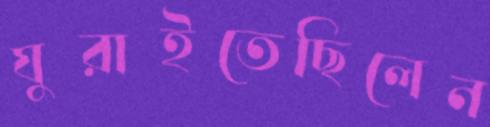
ঘুরাইতেছিলেন